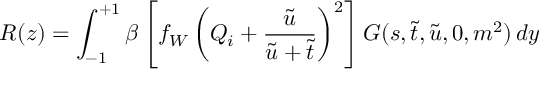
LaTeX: R ( z ) = \int _ { - 1 } ^ { + 1 } \beta \left[ f _ { W } \left( Q _ { i } + \frac { \tilde { u } } { \tilde { u } + \tilde { t } } \right) ^ { 2 } \right] G ( s , \tilde { t } , \tilde { u } , 0 , m ^ { 2 } ) \, d y